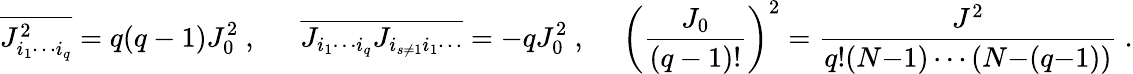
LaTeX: \overline{{J_{i_{1}\cdots i_{q}}^{2}}}=q(q-1)J_{0}^{2}~,\ \ \ \ \ \ \overline{{J_{i_{1}\cdots i_{q}}J_{i_{s\neq 1}i_{1}\cdots}}}=-qJ_{0}^{2}~,\ \ \ \ \ \left(\frac{J_{0}}{(q-1)!}\right)^{2}=\frac{J^{2}}{q!(N{-}1)\cdots(N{-}(q{-}1))}~.